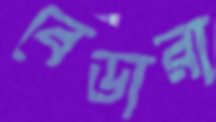
বেডারা